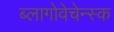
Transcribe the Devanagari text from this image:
ब्लागोवेचेन्स्क